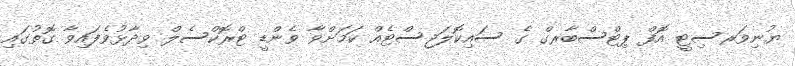
ޔުނިވަރސިޓީ އޮފް ޕިޓްސްބާރގް ގެ ސައިކޮލަޖިސްޓެއް ކަމަށްވާ ވެންޑީ ޓްރޮކްސެލް ވިދާޅުވެފައިވާ ގޮތުގައި